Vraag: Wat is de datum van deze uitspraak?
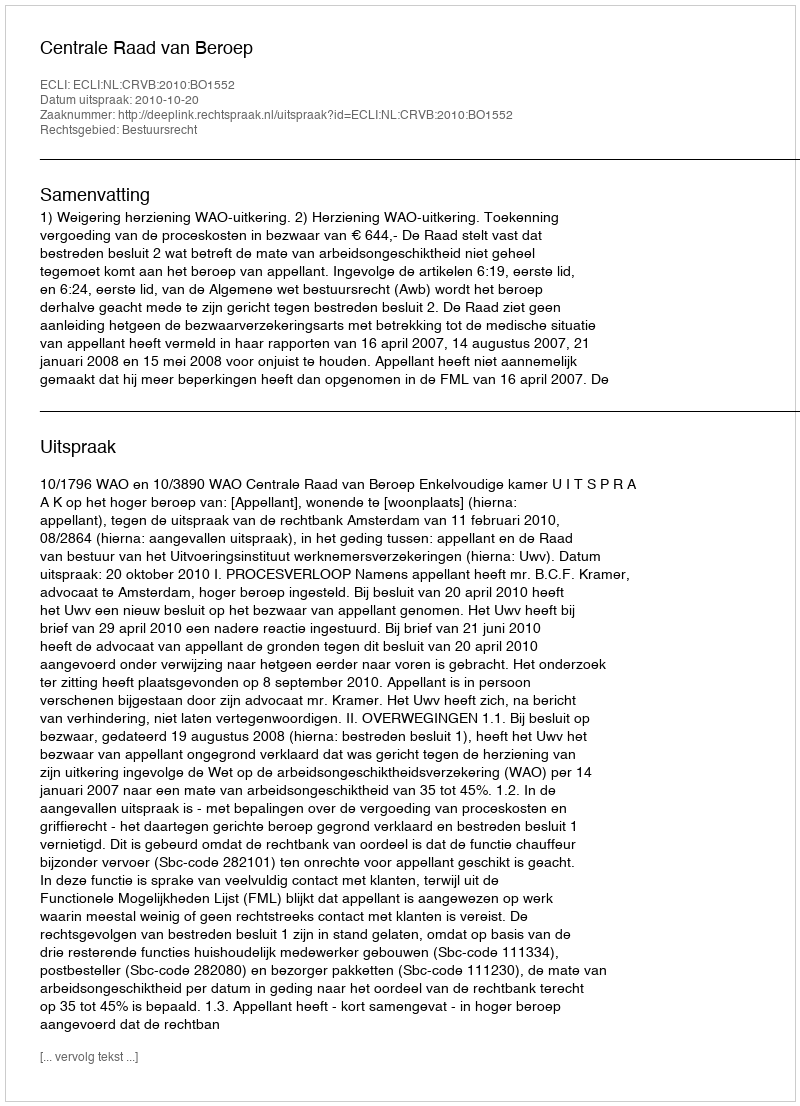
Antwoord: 2010-10-20